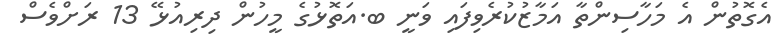
އެގޮތުން އެ މަހާސިންތާ އަމާޒުކުރެވިފައި ވަނީ ބ.އަތޮޅުގެ މީހުން ދިރިއުޅޭ 13 ރަށްވެސް